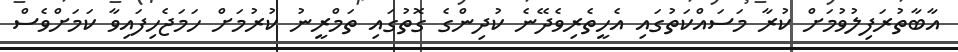
އާބާތުރަފިލުވުމަށް ކުރާ މަސައްކަތުގައި އެހީތެރިވެދޭނެ ކުދިންގެ ގޮތުގައި ތަމްރީނު ކުރުމަށް ހަމަޖެހިފައިވާ ކަމަށްވެސް